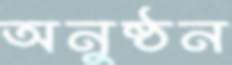
অনুষ্ঠন